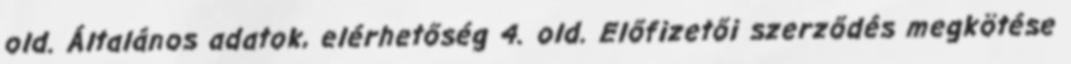
old. Általános adatok, elérhetőség 4. old. Előfizetői szerződés megkötése